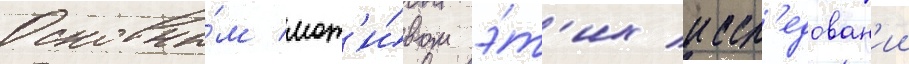
Основны́м мот'и́вом э́т'их иссл'едован'ии